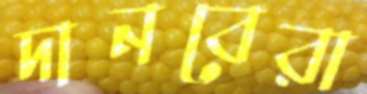
দানবেরা